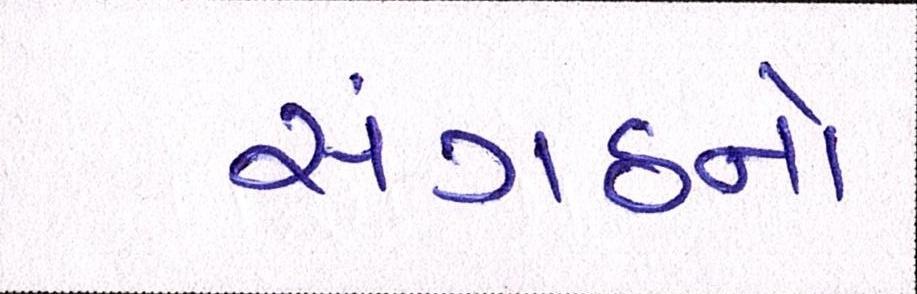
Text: સંગઠનો